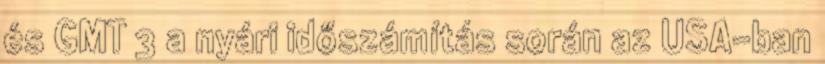
és GMT 3 a nyári időszámítás során az USA-ban